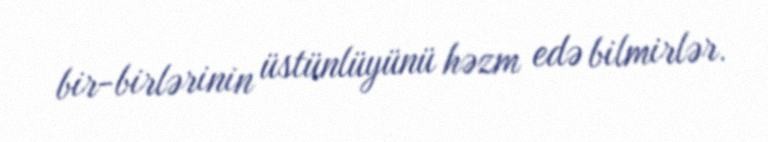
bir-birlərinin üstünlüyünü həzm edə bilmirlər.